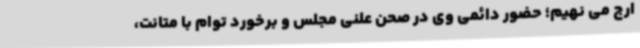
ارج می نهیم؛ حضور دائمی وی در صحن علنی مجلس و برخورد توام با متانت،